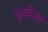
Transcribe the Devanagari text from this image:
युजीन्स